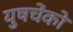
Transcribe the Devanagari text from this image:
युषचेंको